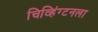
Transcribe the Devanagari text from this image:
चिव्हिंग्टनला